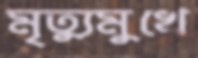
মৃত্যুমুখে